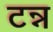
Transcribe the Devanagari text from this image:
टन्न